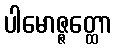
ပါမောဇ္ဇတ္ထော